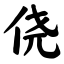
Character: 侥